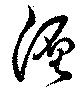
纒